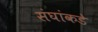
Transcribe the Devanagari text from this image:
संघांकडे